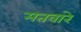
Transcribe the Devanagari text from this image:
मतवारे